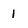
Character: 1